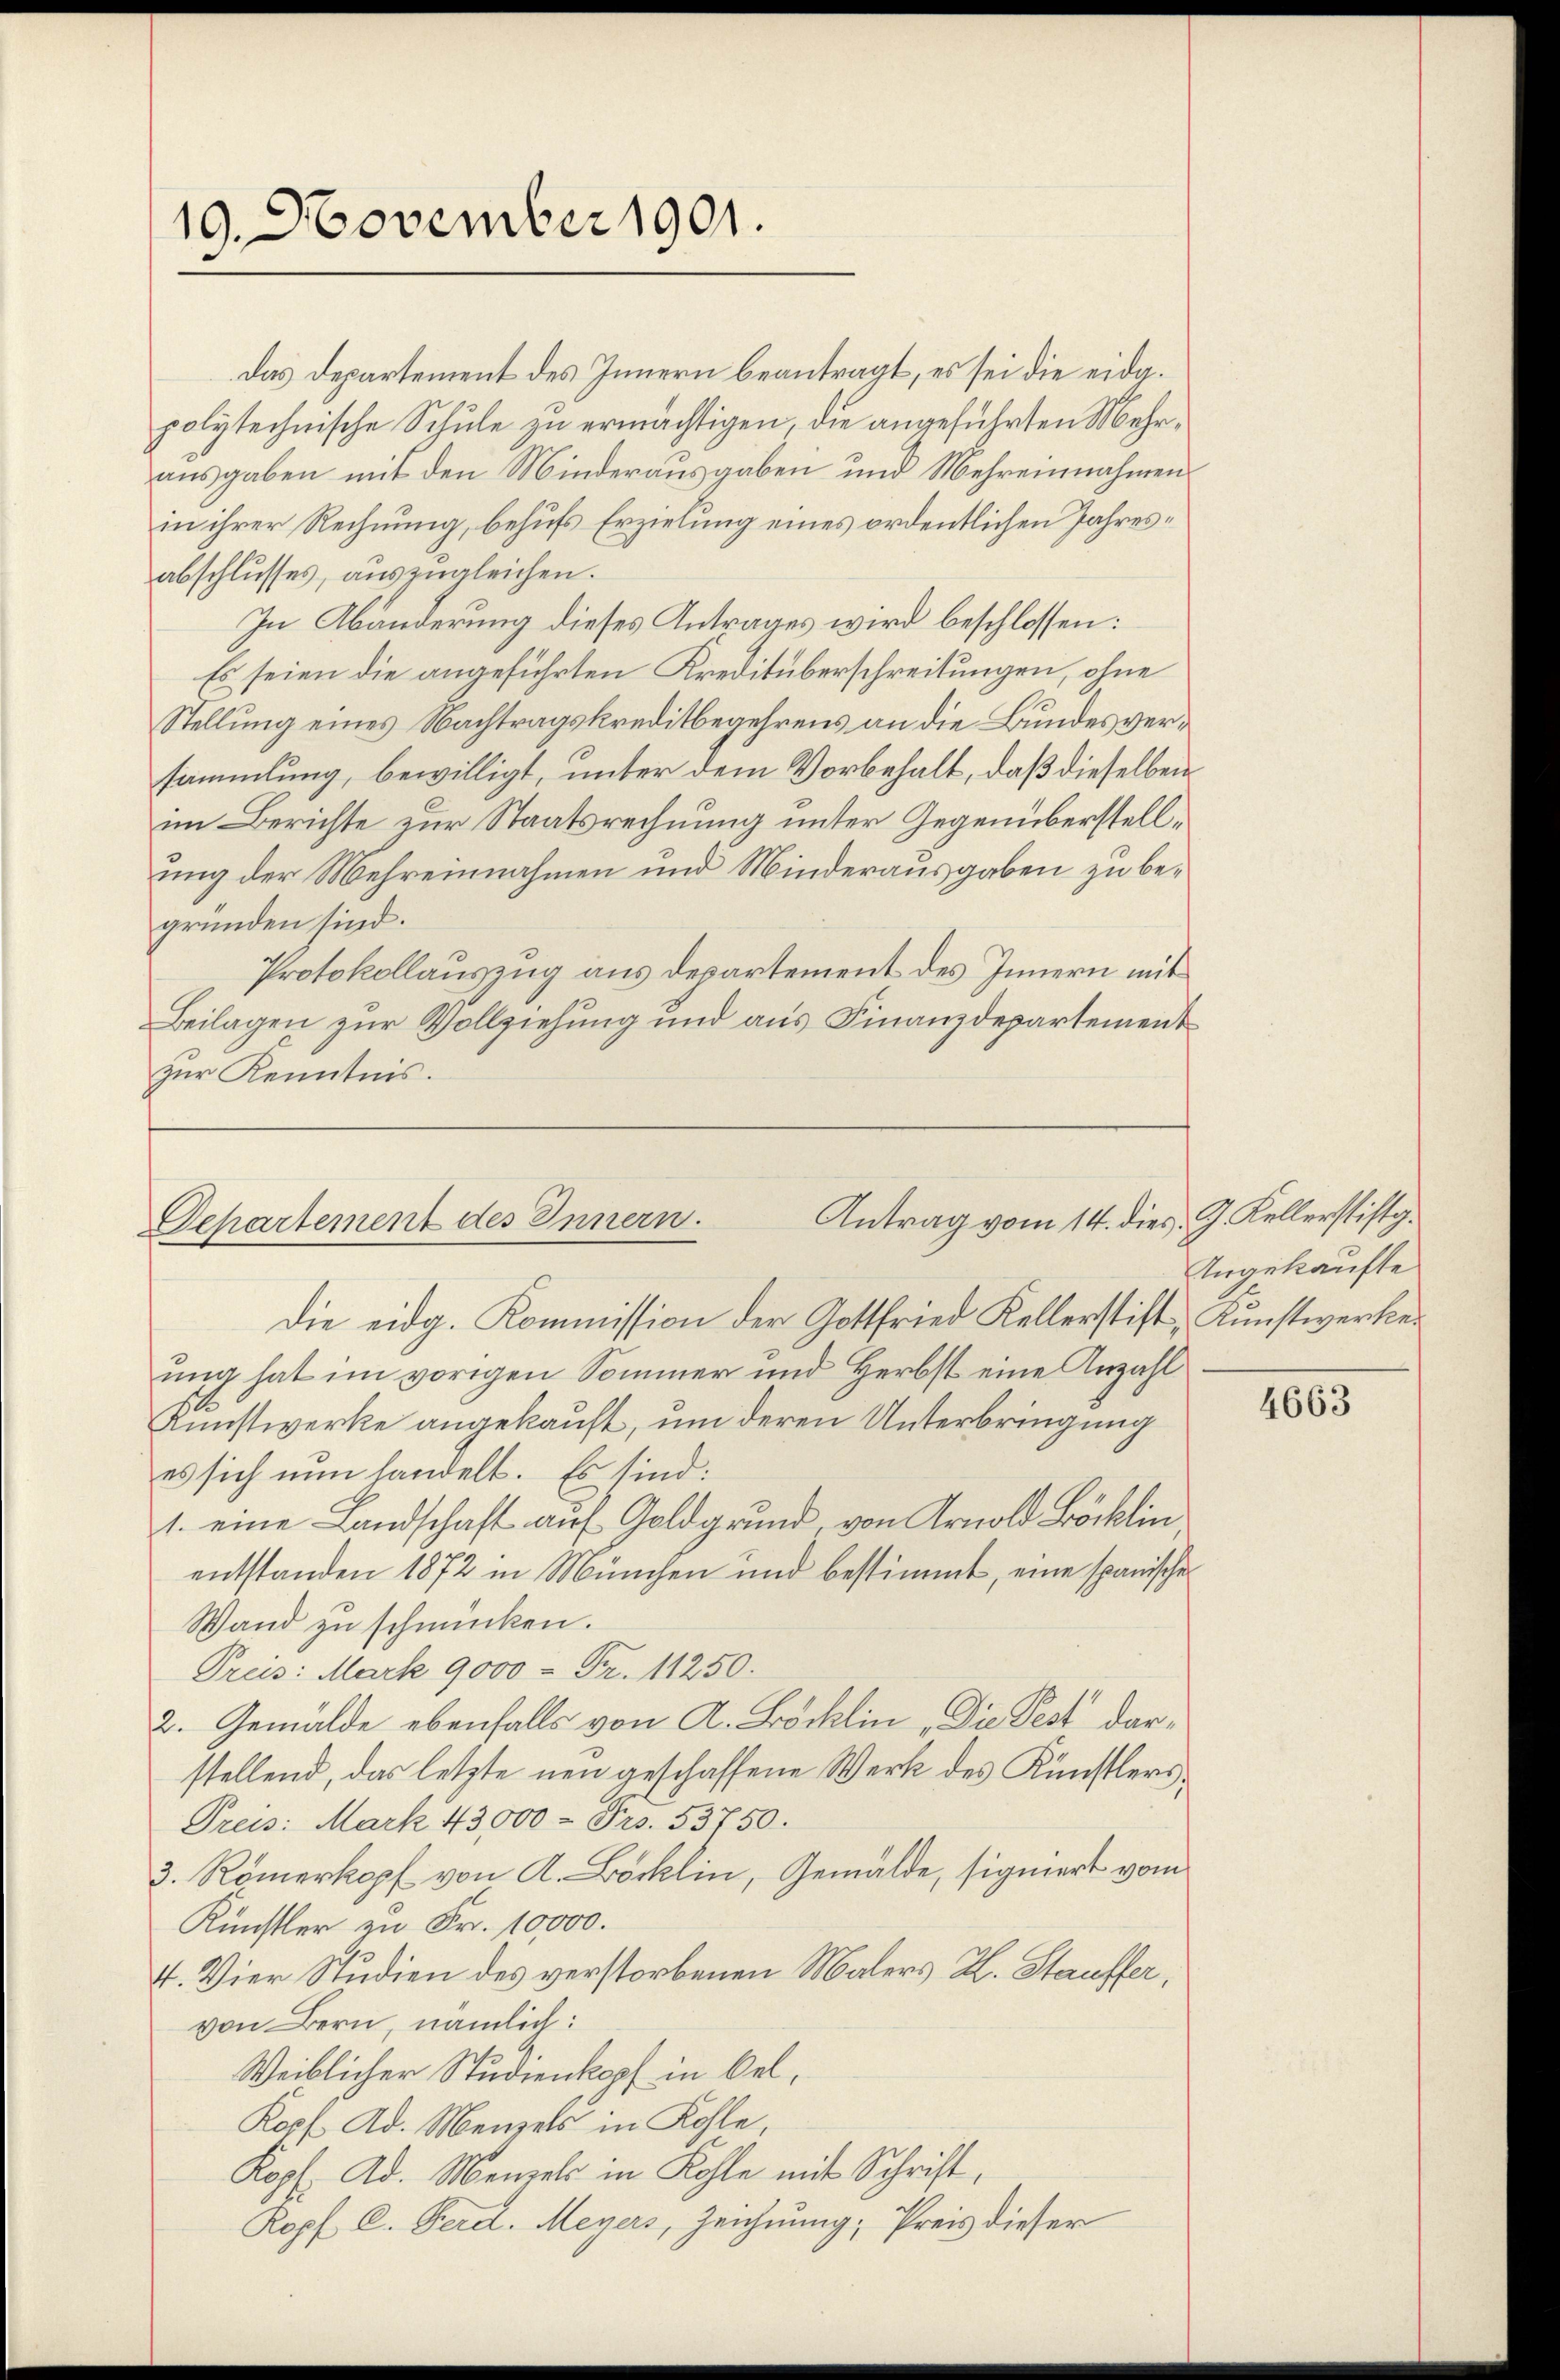
19. November 1901.

Das Departement des Innern beantragt, es sei die eidg.
polytechnische Schule zu ermächtigen, die angeführten Mehrausgaben mit den Minderausgaben und Mehreinnahmens
in ihrer Rechnung, behufs Erzielung eines ordentlichen Jahresabschlusses, auszugleichen.
In Abänderung dieses Antrages wird beschlossen:
Es seien die angeführten Kreditüberschreitungen, ohne
Stellung eines Nachtragskreditbegehrens an die Bundesversammlung, bewilligt, unter dem Vorbehalt, daß dieselben
im Berichte zur Staatsrechnung unter Gegenüberstellung der Mehreinnahmen und Minderausgaben zu begründen sind.
Protokollauszug aus Departement des Innern mit
Beilagen zur Vollziehung und aus Finanzdepartement
zur Kenntnis.

Antrag vom 14. dies J. Kellerstiftg.
Departement des Innern.

Die eidg. Kommission der Gottfried Kellerstift, Kunstwerker
ung hat im vorigen Sommer und Herbst eine Anzahl
Kunstwerke angekauft, um deren Unterbringung
es sich nun handelt. Es sind:
1. eine Landschaft auf Goldgrund, von Arnold Böcklin
entstanden 1872 in München und bestimmt, eine spanische
Wand zu schmücken.
Preis: Mark 9000 - Fr. 11250.
2. Gemälde ebenfalls von A. Böcklin „Die Pest darstellend, das letzte neu geschaffene Werk des Künstlers,
Preis: Mark 43000 - Frs. 53750.
3. Römerkopf von A. Böcklin, Gemälde, signiert vom
Künstler zu Fr. 10,000.
1. Vier Studien des verstorbenen Malers R. Stauffer,
von Bern, nämlich:
Weiblicher Studienkopf in bel¬
Kopf. Ad. Menzels in Kohle,
Kopf. Ad. Menzels in Kohle mit Schrift,
Ropf C. Ferd. Meyers, Zeichnung; Preis dieser

Angekaufte

4663